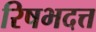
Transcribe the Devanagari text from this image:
रिषभदत्त